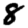
Digit: 8